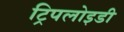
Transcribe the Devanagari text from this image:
ट्रिपलोइडी